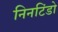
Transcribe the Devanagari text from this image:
निनटिंडो